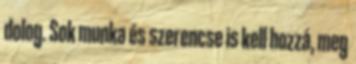
dolog. Sok munka és szerencse is kell hozzá, meg